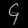
Digit: ၄